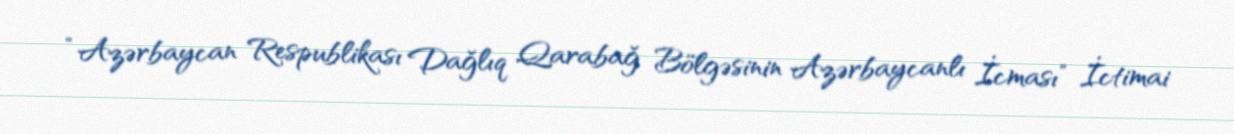
“Azərbaycan Respublikası Dağlıq Qarabağ Bölgəsinin Azərbaycanlı İcması” İctimai